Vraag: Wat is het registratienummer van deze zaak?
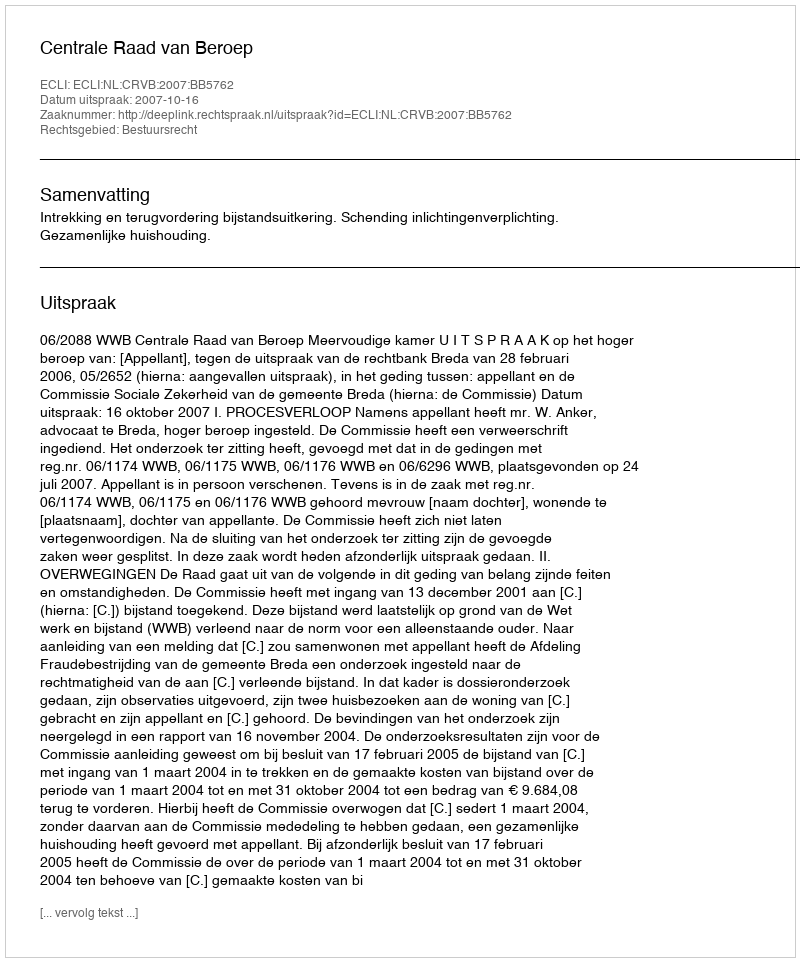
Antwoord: http://deeplink.rechtspraak.nl/uitspraak?id=ECLI:NL:CRVB:2007:BB5762